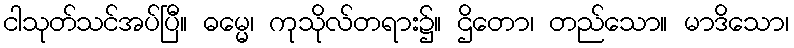
ငါသုတ်သင်အပ်ပြီ။ ဓမ္မေ၊ ကုသိုလ်တရား၌။ ဌိတော၊ တည်သော။ မာဒိသော၊